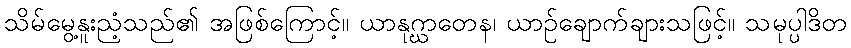
သိမ်မွေ့နူးညံ့သည်၏ အဖြစ်ကြောင့်။ ယာနုဂ္ဃာတေန၊ ယာဉ်ချောက်ချားသဖြင့်။ သမုပ္ပါဒိတ